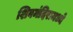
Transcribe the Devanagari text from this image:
शिवमंदिरामध्ये